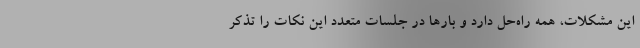
این مشکلات، همه راه‌حل دارد و بارها در جلسات متعدد این نکات را تذکر